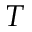
T